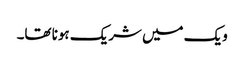
ویک میں شریک ہونا تھا۔